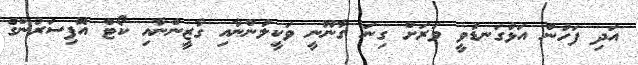
އަދި ފަހުން އަޅުގަނޑުވީ ވަރަށް ގިނަ ގާނޫނީ ވަކީލުންނާއި ގާޒީންނާއި ކޯޓް އޮފިސަރުންގެ